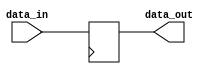
module parameter_assignment_statement #(parameter WIDTH = 8) (
  input wire [WIDTH-1:0] data_in,
  output reg [WIDTH-1:0] data_out
);

always @(posedge clk) begin
  data_out <= data_in;
end

endmodule